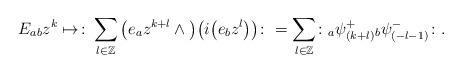
LaTeX: \begin{gather*}E_{ab}z^{k}\mapsto \colon\sum_{l\in\mathbb{Z}}\big(e_{a}z^{k+l}\wedge\big)\big(i\big(e_{b}z^{l}\big)\big)\colon=\sum_{l\in\mathbb{Z}} \colon{}_{a}\psi^{+}_{(k+l)}{}_{b}\psi^{-}_{(-l-1)}\colon.\end{gather*}